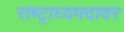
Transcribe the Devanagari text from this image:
राष्ट्राध्यपदावर